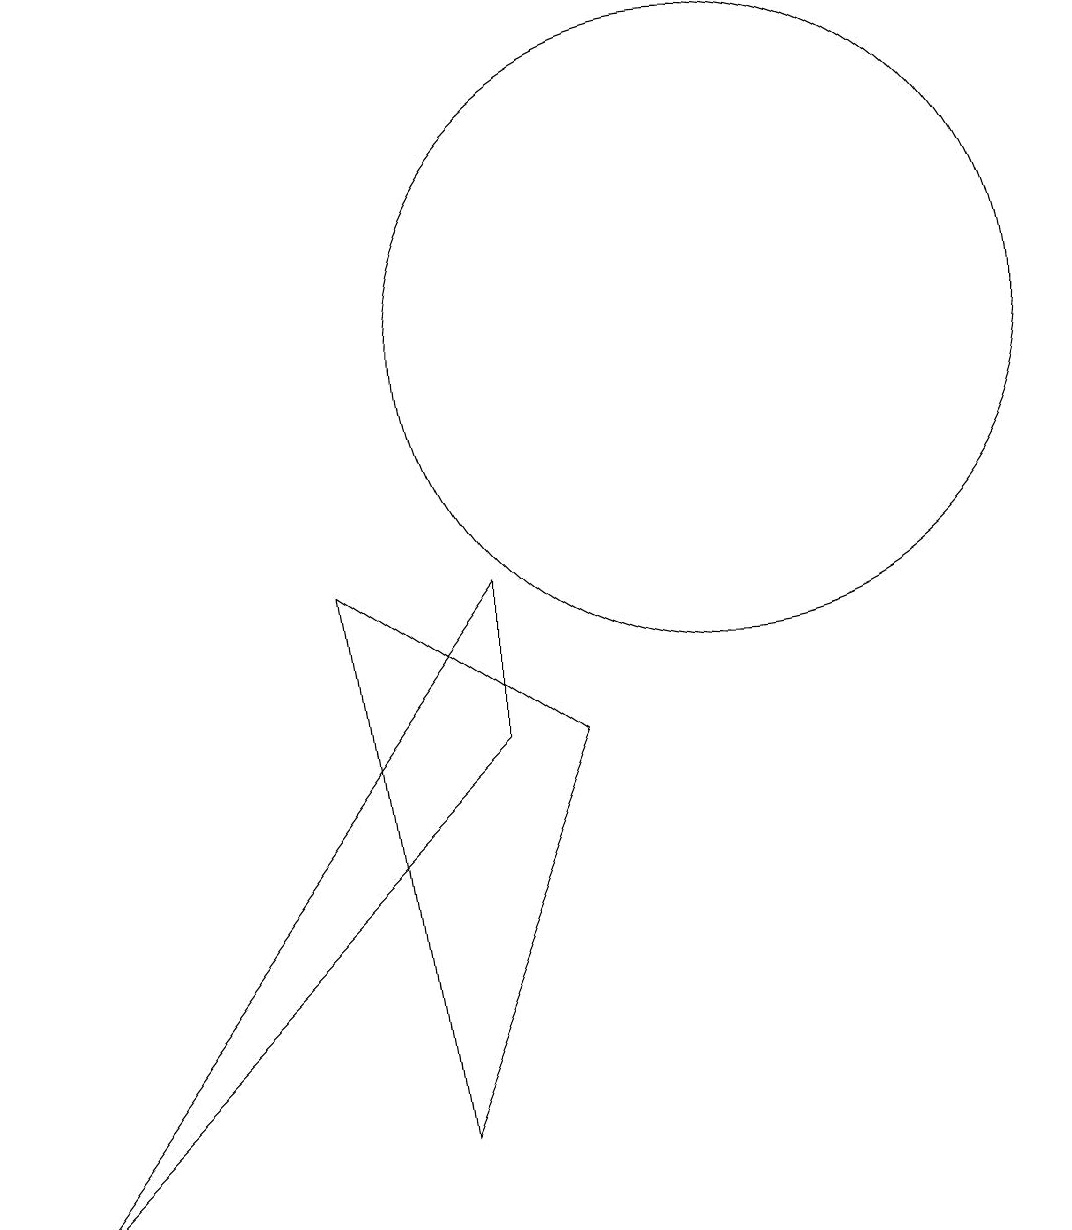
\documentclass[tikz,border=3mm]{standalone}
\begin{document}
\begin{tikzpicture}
\draw (7,1) -- (9,6) -- (6,8) -- cycle;
\draw (11,11) circle (4);
\draw (2,0) -- (8,8) -- (8,6) -- cycle;
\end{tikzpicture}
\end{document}